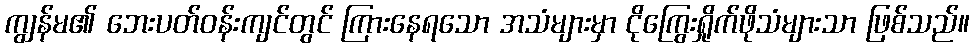
ကျွန်မ၏ ဘေးပတ်ဝန်းကျင်တွင် ကြားနေရသော အသံများမှာ ငိုကြွေးရှိုက်ဖိုသံများသာ ဖြစ်သည်။